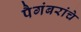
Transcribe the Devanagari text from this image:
पैगंबरांचे